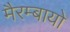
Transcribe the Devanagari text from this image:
मैरम्बायो